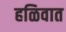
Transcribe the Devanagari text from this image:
हळिवात